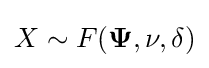
X\sim F({\mathbf {\Psi } },\nu ,\delta )